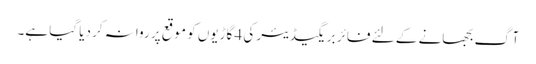
آگ بجھانے کے لئے فائر بریگیڈیئر کی 4 گاڑیوں کو موقع پر روانہ کر دیا گیا ہے۔